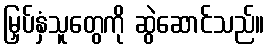
မြှပ်နှံသူတွေကို ဆွဲဆောင်သည်။